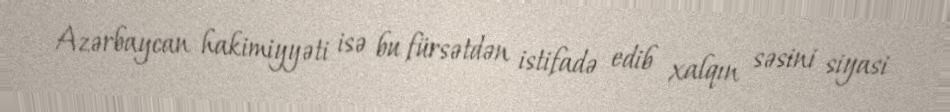
Azərbaycan hakimiyyəti isə bu fürsətdən istifadə edib xalqın səsini siyasi